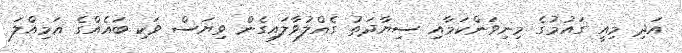
އަދި މިއީ ގައުމުގެ މިނިވަންކަމާއި ސިޔާދަތު ގެއްލުވާލައިގެން ވިޔަސް ވަކި ބައެއްގެ އަމިއްލަ